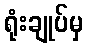
ရုံးချုပ်မှ